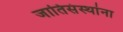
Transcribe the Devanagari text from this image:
जातिसंस्थांना